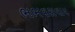
ભભવરાવાય